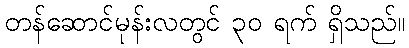
တန်ဆောင်မုန်းလတွင် ၃၀ ရက် ရှိသည်။